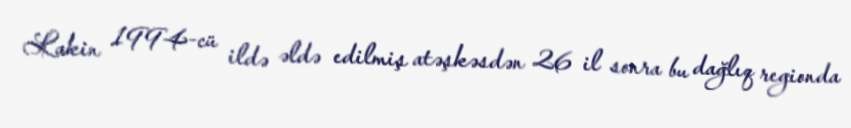
Lakin 1994-cü ildə əldə edilmiş atəşkəsdən 26 il sonra bu dağlıq regionda